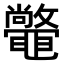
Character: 𣀴